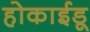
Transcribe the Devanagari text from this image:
होकाईडू